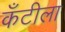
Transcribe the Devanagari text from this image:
कँटीला